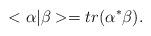
LaTeX: \begin{align*}<\alpha\vert\beta> =tr(\alpha^{*}\beta). \end{align*}